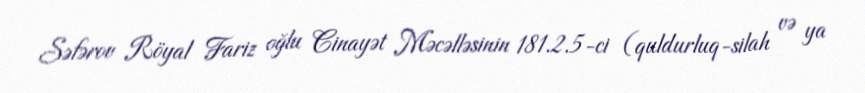
Səfərov Röyal Fariz oğlu Cinayət Məcəlləsinin 181.2.5-ci (quldurluq-silah və ya